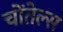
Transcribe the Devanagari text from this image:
चोंतेल्स